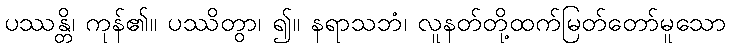
ပဿန္တိ၊ ကုန်၏။ ပဿိတွာ၊ ၍။ နရာသဘံ၊ လူနတ်တို့ထက်မြတ်တော်မူသော